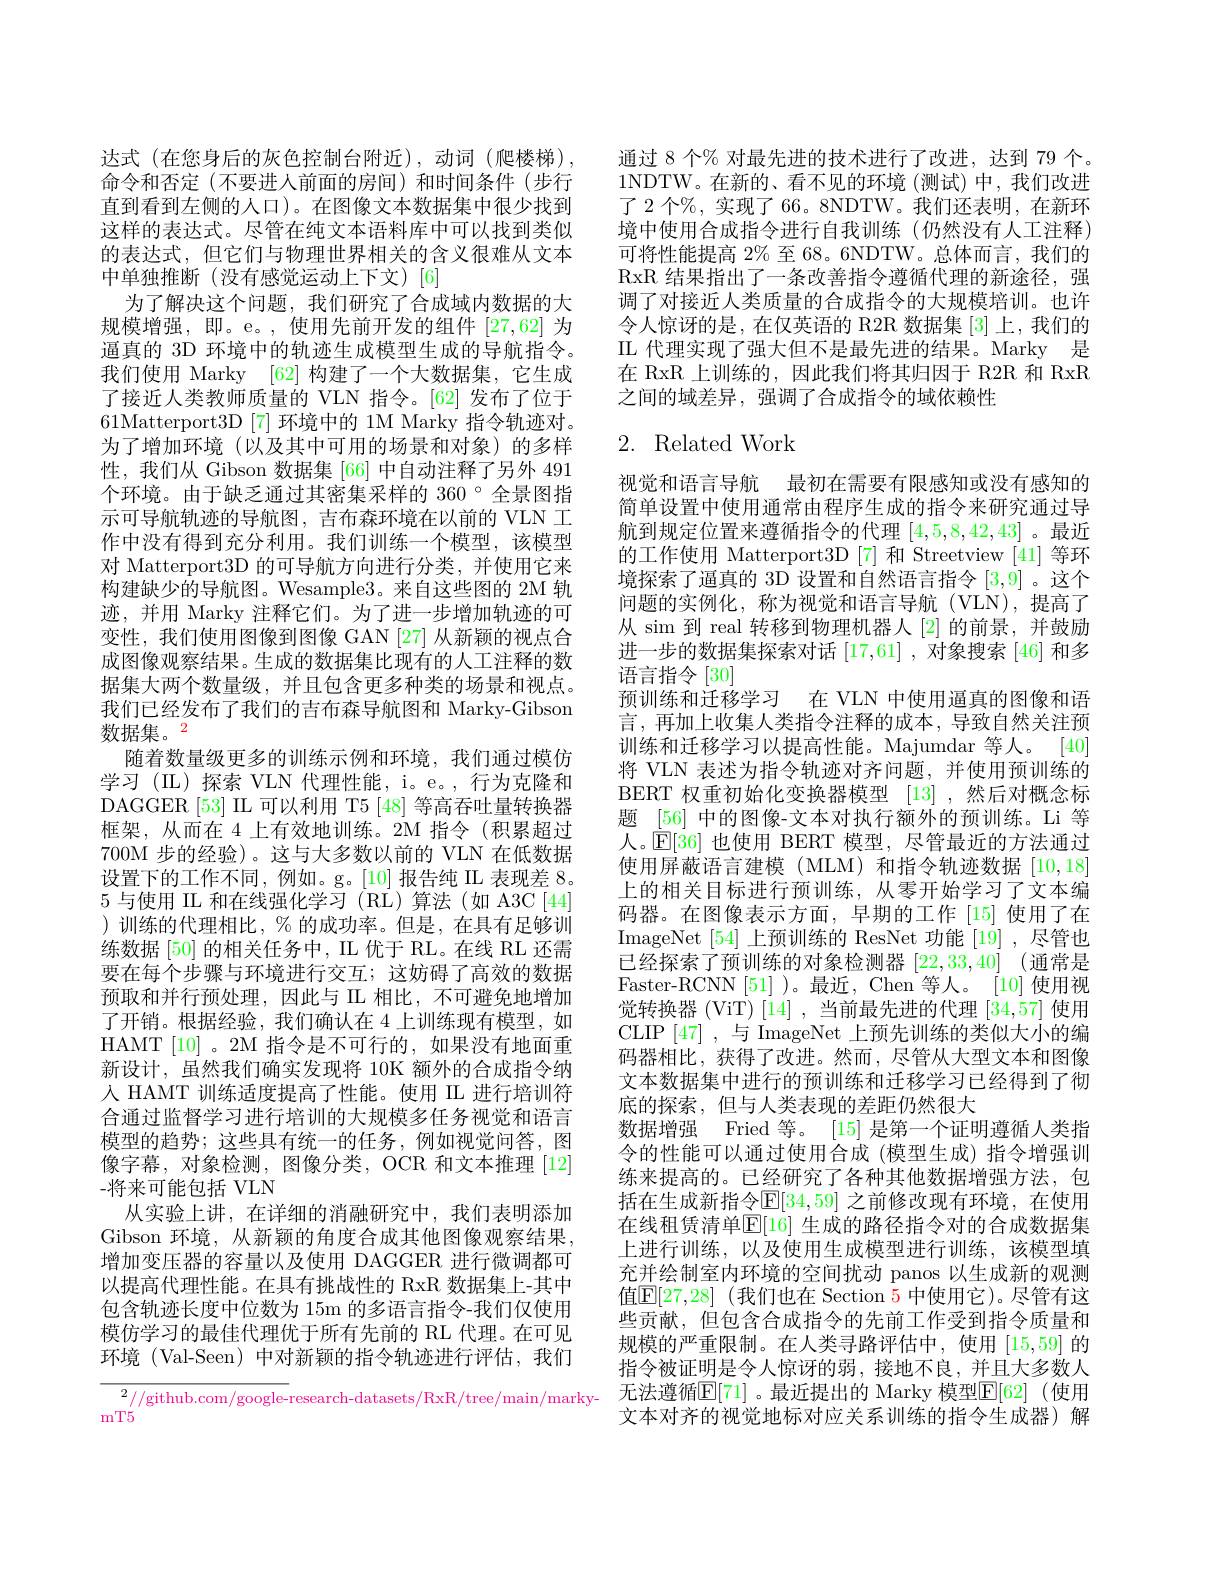
达式(在您身后的灰色控制台附近),动词(爬楼梯), 命令和否定(不要进入前面的房间)和时间条件(步行直到看到左侧的人口)。在图像文本数据集中很少找到这样的表达式。尽管在纯文本语料库中可以找到类似的表达式，但它们与物理世界相关的含义很难从文本中单独推断(没有感觉运动上下文)[6]
为了解决这个问题，我们研究了合成域内数据的大规模增强，即。e。,使用先前开发的组件[27,62]为逼真的 3D 环境中的轨迹生成模型生成的导航指令。我们使用 Marky [62] 构建了一个大数据集，它生成了接近人类教师质量的 VLN 指令。[62] 发布了位于61Matterport3D [7]环境中的 1M Marky 指令轨迹对。为了增加环境(以及其中可用的场景和对象)的多样性，我们从 Gibson 数据集 [66] 中自动注释了另外 491个环境。由于缺乏通过其密集采样的 360°全景图指示可导航轨迹的导航图，吉布森环境在以前的 VLN 工作中没有得到充分利用。我们训练一个模型，该模型对 Matterport3D 的可导航方向进行分类，并使用它来构建缺少的导航图。Wesample3。来自这些图的 2M 轨迹，并用 Marky 注释它们。为了进一步增加轨迹的可变性，我们使用图像到图像 GAN [27] 从新颖的视点合成图像观察结果。生成的数据集比现有的人工注释的数据集大两个数量级，并且包含更多种类的场景和视点。我们已经发布了我们的吉布森导航图和 Marky-Gibson 数据集。2
随着数量级更多的训练示例和环境，我们通过模仿学习 (IL)探索 VLN 代理性能，i。e。,行为克隆和DAGGER [53] IL 可以利用 T5 [48] 等高吞吐量转换器框架，从而在 4 上有效地训练。2M 指令(积累超过700M 步的经验)。这与大多数以前的 VLN 在低数据设置下的工作不同，例如。g。[10]报告纯 II 表现差 8。5与使用 IIL 和在线强化学习 (RL)算法(如 A3C[44] )训练的代理相比，%的成功率。但是，在具有足够训练数据 [50] 的相关任务中，IL 优于 RL。在线 RL 还需要在每个步骤与环境进行交互；这妨碍了高效的数据预取和并行预处理，因此与 II 相比，不可避免地增加了开销。根据经验，我们确认在 4 上训练现有模型，如HAMT[10]。2M 指令是不可行的，如果没有地面重新设计，虽然我们确实发现将 10K 额外的合成指令纳人 HAMT 训练适度提高了性能。使用 II 进行培训符合通过监督学习进行培训的大规模多任务视觉和语言模型的趋势；这些具有统一的任务，例如视觉问答，图像字幕，对象检测，图像分类，OCR 和文本推理[12] -将来可能包括 VLN
从实验上讲，在详细的消融研究中，我们表明添加Gibson 环境，从新颖的角度合成其他图像观察结果， 增加变压器的容量以及使用 DAGGER 进行微调都可以提高代理性能。在具有挑战性的 RxR 数据集上-其中包含轨迹长度中位数为 15m 的多语言指令-我们仅使用模仿学习的最佳代理优于所有先前的 RL 代理。在可见环境 (Val-Seen) 中对新颖的指令轨迹进行评估，我们$^2//$github.com/google-research-datasets/RxR/tree/main/marky-

mT5

通过 8 个% 对最先进的技术进行了改进，达到 79 个。1NDTW。在新的、看不见的环境 (测试)中，我们改进了 2 个%, 实现了 66。8NDTW。我们还表明，在新环境中使用合成指令进行自我训练(仍然没有人工注释) 可将性能提高$2\%$至 68。6NDTW。总体而言，我们的RxR 结果指出了一条改善指令遵循代理的新途径，强调了对接近人类质量的合成指令的大规模培训。也许令人惊讶的是，在仅英语的 R2R 数据集[3]上，我们的IL 代理实现了强大但不是最先进的结果。Marky 是在 RxR 上训练的，因此我们将其归因于 R2R 和 RxR 之间的域差异，强调了合成指令的域依赖性

# 2. Related Work

视觉和语言导航 最初在需要有限感知或没有感知的简单设置中使用通常由程序生成的指令来研究通过导航到规定位置来遵循指令的代理[4,5,8,42,43] 。最近的工作使用 Matterport3D [7] 和 Streetview [41] 等环境探索了逼真的 3D 设置和自然语言指令[3,9] 。这个问题的实例化，称为视觉和语言导航(VLN),提高了从 sim 到 real 转移到物理机器人 [2] 的前景，并鼓励进一步的数据集探索对话[17,61] ,对象搜索 [46] 和多语言指令[30]
预训练和迁移学习 在 VLN 中使用逼真的图像和语言，再加上收集人类指令注释的成本，导致自然关注预训练和迁移学习以提高性能。Majumdar 等人。[40] 将 VLN 表述为指令轨迹对齐问题，并使用预训练的BERT 权重初始化变换器模型[13] ,然后对概念标题 [56] 中的图像-文本对执行额外的预训练。Li 等人。$\bar{\mathbb{E}}[36]$也使用 BERT 模型，尽管最近的方法通过使用屏蔽语言建模(MLM)和指令轨迹数据[10,18] 上的相关目标进行预训练，从零开始学习了文本编码器。在图像表示方面，早期的工作[15]使用了在ImageNet [54]上预训练的 ResNet 功能[19] ,尽管也已经探索了预训练的对象检测器 [22,33,40] (通常是Faster-RCNN [51] )。最近，Chen 等人。[10] 使用视觉转换器 (ViT) [14] ,当前最先进的代理 [34,57] 使用CLIP [47] , 与 ImageNet 上预先训练的类似大小的编码器相比，获得了改进。然而，尽管从大型文本和图像文本数据集中进行的预训练和迁移学习已经得到了彻底的探索，但与人类表现的差距仍然很大
数据增强 Fried 等。[15] 是第一个证明遵循人类指令的性能可以通过使用合成(模型生成)指令增强训练来提高的。已经研究了各种其他数据增强方法，包括在生成新指令$\mathbb{E}[34,59]$ 之前修改现有环境，在使用在线租赁清单$\mathbb{E}[16]$ 生成的路径指令对的合成数据集上进行训练，以及使用生成模型进行训练，该模型填充并绘制室内环境的空间扰动 panos 以生成新的观测值$\mathbb{E}[27,28]$ (我们也在 Section 5 中使用它)。尽管有这些贡献，但包含合成指令的先前工作受到指令质量和规模的严重限制。在人类寻路评估中，使用[15,59]的指令被证明是令人惊讶的弱，接地不良，并且大多数人无法遵循$\mathbb{E}[71]$ 。最近提出的 Marky 模型$\mathbb{E}[62]$ (使用文本对齐的视觉地标对应关系训练的指令生成器)解